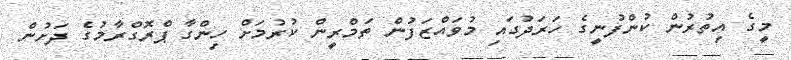
މީގެ އިތުރުން ކުންފުނީގެ ހަރަދުގައި މުވައްޒަފުން ތަމްރީން ކުރުމަށް ހިންގާ ޕްރޮގްރާމުގެ ދަށުން